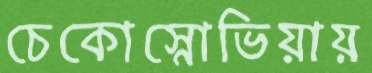
চেকোস্নোভিয়ায়